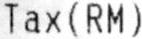
TAX (RM)